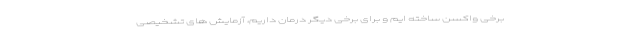
برخی واکسن ساخته ایم و برای برخی دیگر درمان داریم، آزمایش های تشخیصی